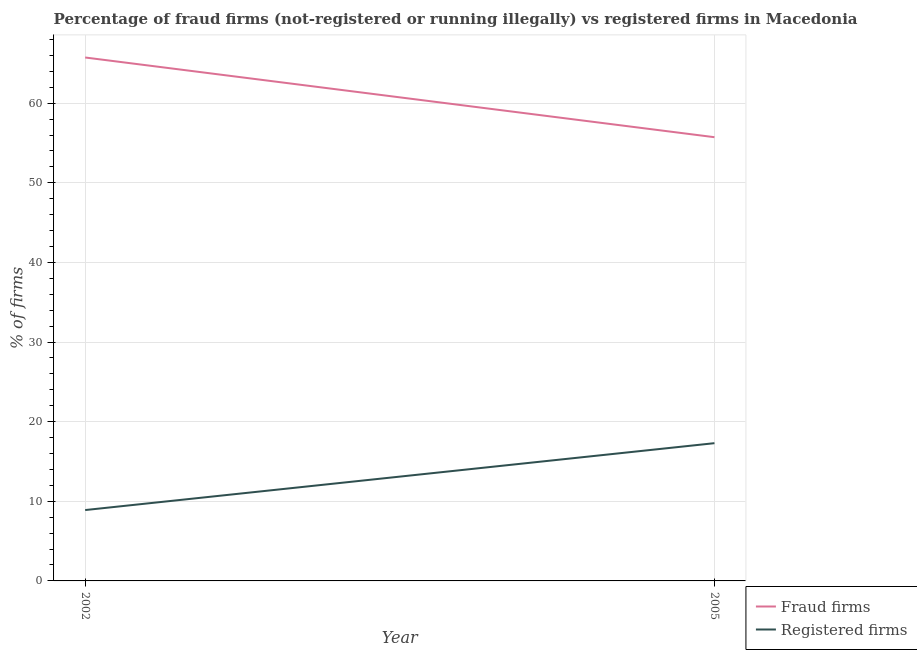
| Year | Fraud firms | Registered firms |
 | --- | --- | --- |
 | 2002 | 65.7 | 8.9 |
 | 2005 | 55.7 | 17.3 |